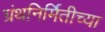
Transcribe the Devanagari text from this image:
ग्रंथनिर्मितीच्या